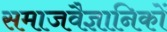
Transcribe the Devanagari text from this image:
समाजवैज्ञानिकों